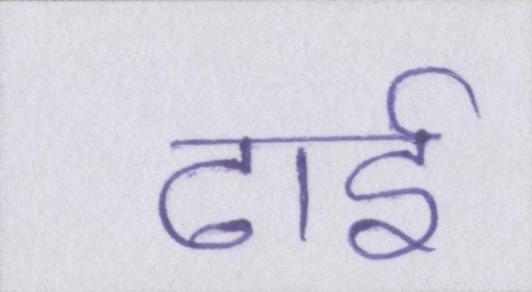
ढाई